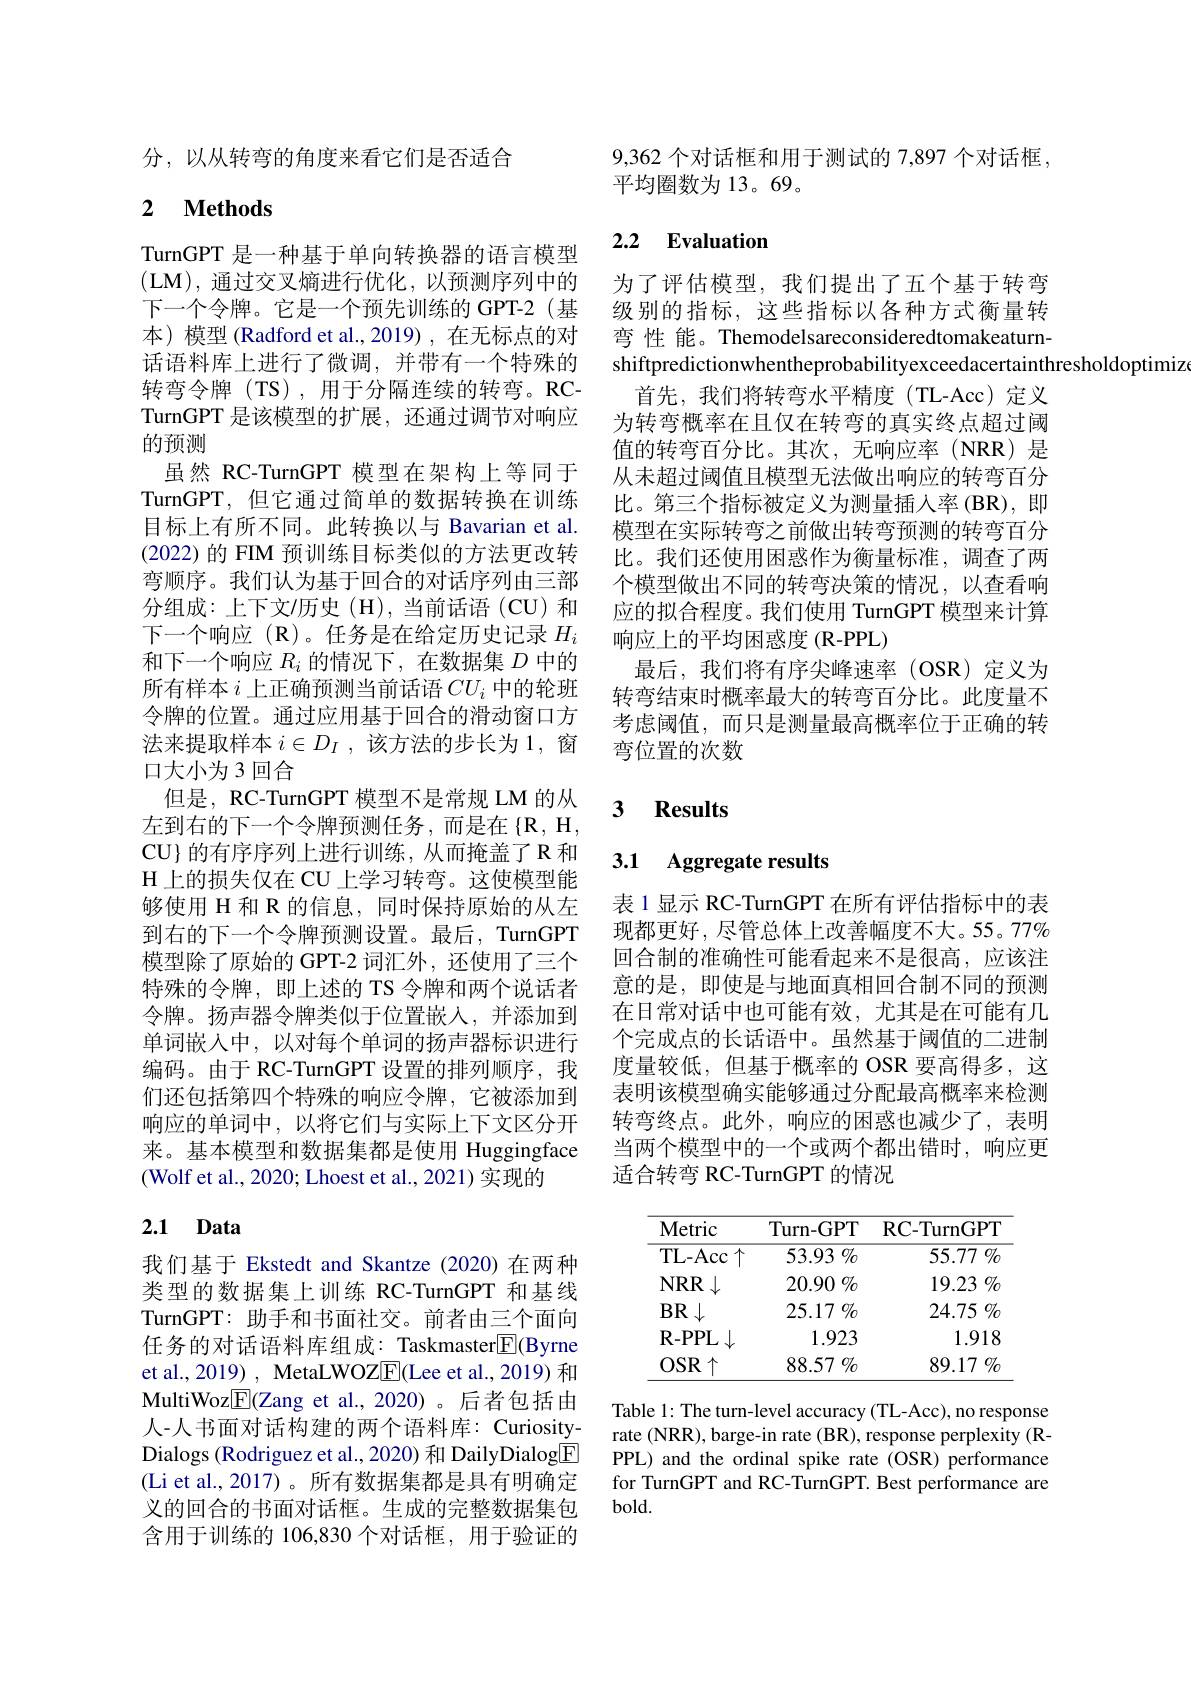
分，以从转弯的角度来看它们是否适合

## 2 $\textbf{Methods}$

TurnGPT 是一种基于单向转换器的语言模型(LM),通过交叉熵进行优化，以预测序列中的下一个令牌。它是一个预先训练的 GPT-2(基本)模型(Radford et al.,2019),在无标点的对话语料库上进行了微调，并带有一个特殊的转弯令牌(TS),用于分隔连续的转弯。RCTurnGPT 是该模型的扩展，还通过调节对响应的预测
虽然 RC-TurnGPT 模型在架构上等同于TurnGPT, 但它通过简单的数据转换在训练目标上有所不同。此转换以与 Bavarian et al. (2022)的 FIM 预训练目标类似的方法更改转弯顺序。我们认为基于回合的对话序列由三部分组成：上下文$\prime$历史(H),当前话语(CU)和下一个响应(R)。任务是在给定历史记录$H_i$ 和下一个响应$R_i$的情况下，在数据集$D$中的所有样本$i$上正确预测当前话语$CU_i$中的轮班令牌的位置。通过应用基于回合的滑动窗口方法来提取样本$i\in D_I$,该方法的步长为1，窗口大小为 3 回合
但是，RC-TurnGPT 模型不是常规 LM 的从左到右的下一个令牌预测任务，而是在{R},H, CU} 的有序序列上进行训练，从而掩盖了R 和H 上的损失仅在 CU 上学习转弯。这使模型能够使用 H 和 R 的信息，同时保持原始的从左到右的下一个令牌预测设置。最后，TurnGPT 模型除了原始的 GPT-2 词汇外，还使用了三个特殊的令牌，即上述的 TS 令牌和两个说话者令牌。扬声器令牌类似于位置嵌入，并添加到单词嵌入中，以对每个单词的扬声器标识进行编码。由于 RC-TurnGPT 设置的排列顺序，我们还包括第四个特殊的响应令牌，它被添加到响应的单词中，以将它们与实际上下文区分开来。基本模型和数据集都是使用 Huggingface (Wolf et al., 2020; Lhoest et al., 2021) 实现的

# 2.1 Data

我们基于 Ekstedt and Skantze (2020)在两种类型的数据集上训练 RC-TurnGPT 和基线TurnGPT: 助手和书面社交。前者由三个面向任务的对话语料库组成：Taskmaster$\boxed{\mathrm{E}}$(Byrne et al., 2019) , MetaLWOZ$\boxed{\mathrm{F}}$(Lee et al., 2019) 和MultiWoz$\boxed{\mathrm{F}}($Zang et al.,2020)。后者包括由人-人书面对话构建的两个语料库：CuriosityDialogs (Rodriguez et al., 2020) 和 DailyDialog$\overset{\mathrm{E}}{\operatorname*{\operatorname*{E}}}$ (Li et al.,2017)。所有数据集都是具有明确定义的回合的书面对话框。生成的完整数据集包含用于训练的 106,830 个对话框，用于验证的

9,362 个对话框和用于测试的 7,897 个对话框，
平均圈数为13。69。

## 2.2 Evaluation

为了评估模型，我们提出了五个基于转弯级别的指标，这些指标以各种方式衡量转弯 性 能。Themodelsareconsideredtomakeaturnshiftpredictionwhentheprobabilityexceedacertainthresholdoptimiz
首先，我们将转弯水平精度(TL-Acc)定义为转弯概率在且仅在转弯的真实终点超过阈值的转弯百分比。其次，无响应率(NRR)是从未超过阈值且模型无法做出响应的转弯百分比。第三个指标被定义为测量插人率(BR),即模型在实际转弯之前做出转弯预测的转弯百分比。我们还使用困惑作为衡量标准，调查了两个模型做出不同的转弯决策的情况，以查看响应的拟合程度。我们使用 TurnGPT 模型来计算响应上的平均困惑度(R-PPL)
最后，我们将有序尖峰速率(OSR)定义为转弯结束时概率最大的转弯百分比。此度量不考虑阈值，而只是测量最高概率位于正确的转弯位置的次数

## 3 Results

### 3.1 Aggregate results

表 1 显示 RC-TurnGPT 在所有评估指标中的表现都更好，尽管总体上改善幅度不大。55。77% 回合制的准确性可能看起来不是很高，应该注意的是，即使是与地面真相回合制不同的预测在日常对话中也可能有效，尤其是在可能有几个完成点的长话语中。虽然基于阈值的二进制度量较低，但基于概率的 OSR 要高得多，这表明该模型确实能够通过分配最高概率来检测转弯终点。此外，响应的困惑也减少了，表明当两个模型中的一个或两个都出错时，响应更适合转弯 RC-TurnGPT 的情况

<table>
	<tbody>
		<tr>
			<th>$\mathbf{Metric}$</th>
			<th>Turn-GPT</th>
			<th>RC- TurnGPT</th>
		</tr>
		<tr>
			<td>TL- Acc</td>
			<td>53.93 $\%$</td>
			<td>55.77 9 $07c$</td>
		</tr>
		<tr>
			<td>$NRR\downarrow$</td>
			<td>$20.90\%$</td>
			<td>19.23 $\%$</td>
		</tr>
		<tr>
			<td>$BR$</td>
			<td>25.17 $\%$</td>
			<td>24.75 $\%$</td>
		</tr>
		<tr>
			<td>$\mathbf{R-PPL}\downarrow$ </td>
			<td>1.923</td>
			<td>1.918</td>
		</tr>
		<tr>
			<td>$OSR$</td>
			<td>88.57 $\%$</td>
			<td>89.17 $\%$</td>
		</tr>
	</tbody>
</table>

Table 1: The turn-level accuracy (TL-Acc), no response rate (NRR), barge-in rate (BR), response perplexity (RPPL) and the ordinal spike rate (OSR) performance for TurnGPT and RC-TurnGPT. Best performance are $bold.$